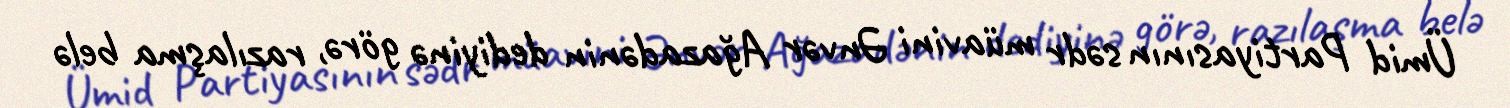
Ümid Partiyasının sədr müavini Ənvər Ağazadənin dediyinə görə, razılaşma belə